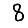
Digit: 8